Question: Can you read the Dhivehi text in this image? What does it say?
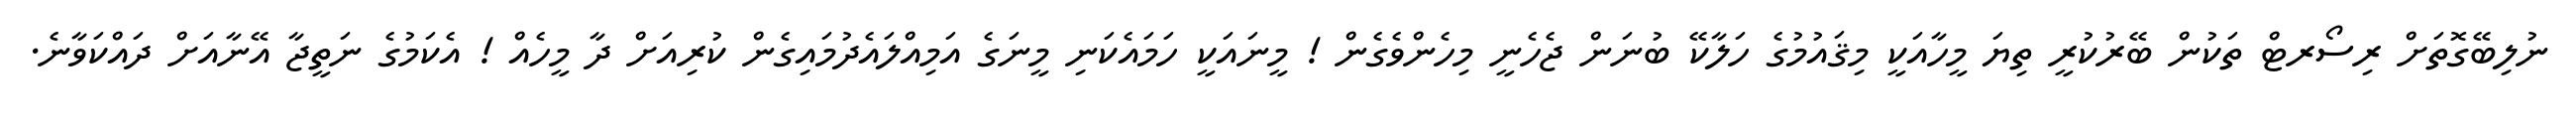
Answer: ނުލިބޭގޮތަށް ރިސޯރޓް ތަކުން ބޭރުކުރީ ތިޔަ މީހާއަކީ މިޤައުމުގެ ހަލާކޭ ބުނަން ޖެހެނީ މިހެންވެގެން ! މީނައަކީ ހަމައެކަނި މީނަގެ އަމިއްލައެދުމައިގެން ކުރިއަށް ދާ މީހެއް ! އެކަމުގެ ނަތީޖާ އޭނާއަށް ދައްކަވާނެ.